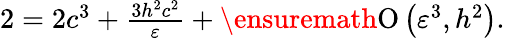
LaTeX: \begin{array}{r}{2=2c^{3}+\frac{3h^{2}c^{2}}{\varepsilon}+\ensuremath{\operatorname{O}\left(\varepsilon^{3},h^{2}\right)}.}\end{array}